Newspaper: Der Deutsche correspondent. [volume]
Place of publication: Baltimore, Md.
Publisher: F. Raine
Date: 1900-07-04 00:00:00
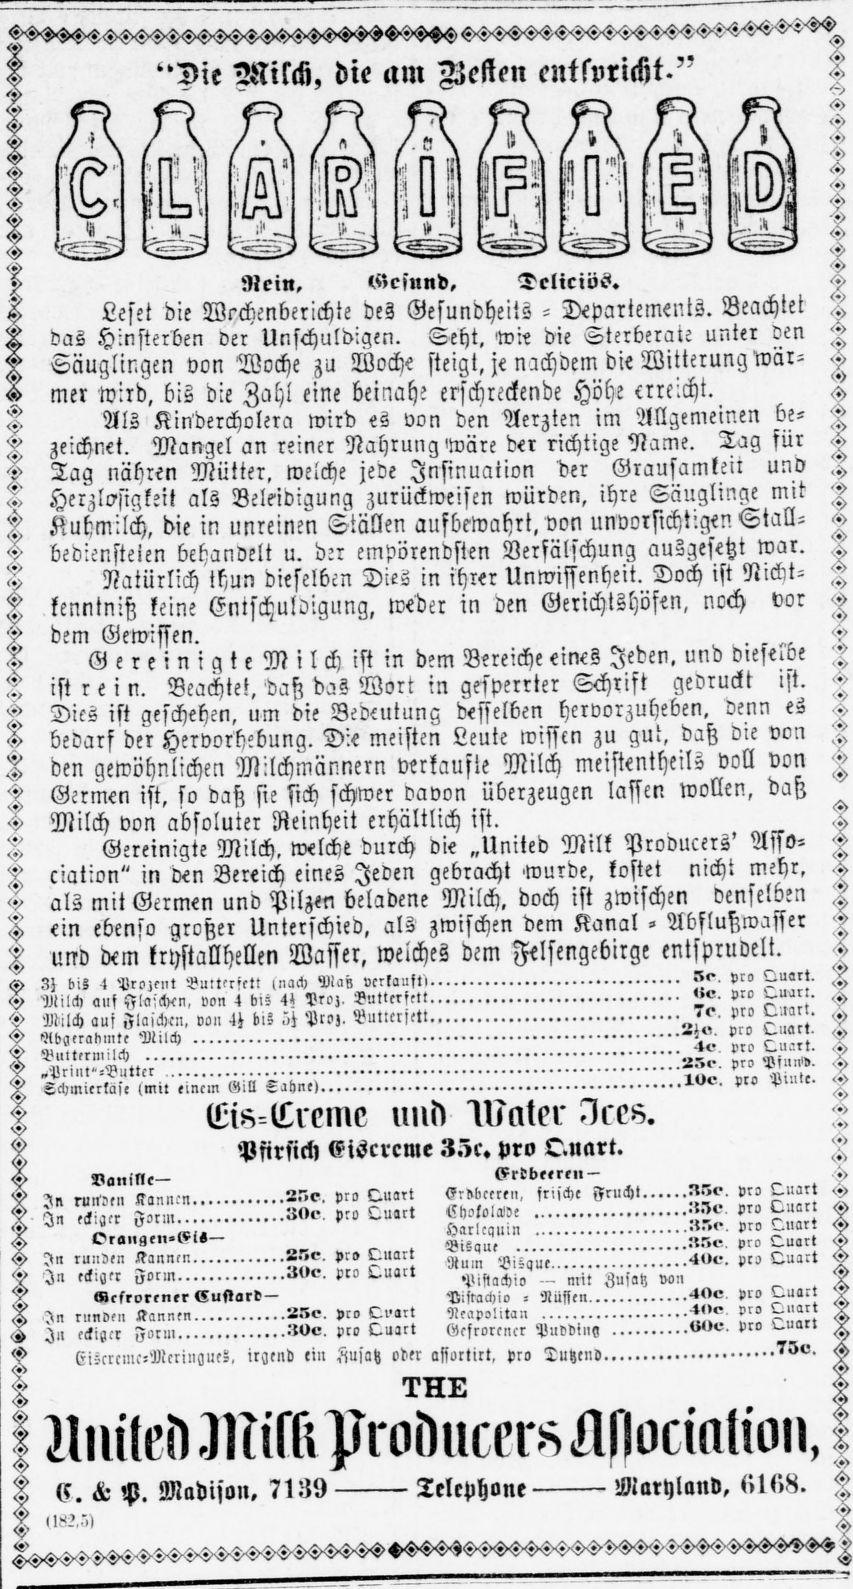
Advertisement text (OCR):
Milch, die am Kesten entspricht." Nein. lHcsnnd, Telieiöö. A Leset die Wochenberichte des Gesundheits - Departements. Beachtet .> R das Hinsterben der Unschuldigen. Seht, wie die Sterberale unter den H Säuglingen von Woche zu Woche steigt, je nachdem die Witterung wär mer wird, bis die Zahl eine beinahe erschreckende Höhe erreicht. Als Kindercholera wird es von den Aerzten im Allgemeinen be- zeichnet. Mangel an reiner Nahrung wäre der richtige Name. Tag sür 'p Tag nähren Mütter, welche jede Insinuation der Grausamkeit und A Herzlosigkeit als Beleidigung zurückweisen würden, ihre Säuglinge mit Kubmilch, die in unreinen Ställen aufbewahrt, von unvorsicht'.gen Stall bediensteien bebandelt u. der empörendsten Verfälschung ausgesetzt war. Natürlich thun dieselben Dies in ihrer Unwissenheit. Doch ist Nickt- I L kenntniß keine Entschuldigung, weder in den Gerichtshöfen, noch vor -> dem Gewissen. . . K Gereinigte Milch ist in dem Bereiche ines Jeden, und dieselbe ist rei n. Beachtet, daß das Wort in gesperrter Schrift gedruckt i't. ' Dies ist geschehen, um die Bedeutung desselben hervorzuheben, denn es . bedarf der Hervorhebung. Die meisten Leute wissen zu gut, daß die von I den gewöhnlichen Milchmännern verkaufte Milch meistentheils voll von - Germen ist, so daß sie sich schwer davon überzeugen lassen wollen, daß Milch von absoluter Reinheit erhältlich ist. .> Gereinigte Milch. wlche durch die „United Milk Producers' Ana- ' ciation" in den Bereich eines Jeden gebracht wurde, kostet nicht mek>r, als mit Germen und Pilzen beladene Milch, doch ist zwischen denselben ein ebenso großer Unterschied, als zwischen dem Kanal - Abflußwasser und dem krystallhellen Wasser, weiches dem Felsengebirge entspruoelt. <K N bis 4 Prozrnt Vulttrsktt tnach Matz vcrlauw p" H Ail-I, ans Nlaichcn, von 4 bis 4 Proz, Sutterfrtt ro Milch aus von ->5 bis >'.j Pro,. Bunerj-tl s V" - .> L L Lüt 7 I 7,'." Schmierkäse (Ml! einem Gill ' Eis-Creme und 3 Pfirsich Eiöcrcme SZc. pro Quart. '' <?> Vanille— <srdb,trkn- .> K run?„, 5-nn-n 2.".r- pr° Qu°'t frische Frucht N.'..-, vr- Quart <> eckii-r LO, t>-o Luirt LkololÄve . X X eaiacr v t>arlcauin Pro Quart > Orangen-li— Bisa. KS, pro Quart <> In ruiiSen Kanncn LT', Pia Quart Pisque,'.'. pro Quart )n eckigkr Form SVv. pro Quart Pjfiachio mit Zusatz vo Mcfrorener Eustard — Pisrachio - Nüssen ro Quart I In runvkii Kannen 25?, ro Qvart Ncapoütan pro ),l cckizcr Form -'ivt-. pro Quart Gesrorencr Puddiny pro Z Mite? ZIM Mocmlwn.! (5. <k P. Madijon. 71 :!9 Telephone Maryland,
Label: illustrations